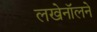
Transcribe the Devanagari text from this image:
लखेनॉलने